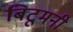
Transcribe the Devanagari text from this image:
बिटूमनी